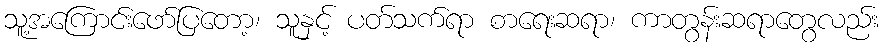
သူ့အကြောင်းဖော်ပြတော့၊ သူနှင့် ပတ်သက်ရာ စာရေးဆရာ၊ ကာတွန်းဆရာတွေလည်း